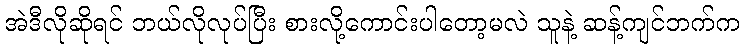
အဲဒီလိုဆိုရင် ဘယ်လိုလုပ်ပြီး စားလို့ကောင်းပါတော့မလဲ သူနဲ့ ဆန့်ကျင်ဘက်က